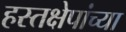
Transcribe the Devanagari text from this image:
हस्तक्षेपांच्या